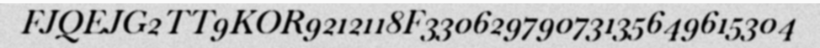
FJQEJG2TT9KOR9212118F33062979073135649615304